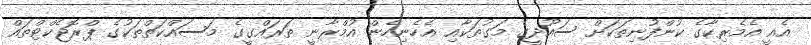
އެއީ އެމެރިކާގެ ކުންފުނިތަކަށް ސައޫދީގެ މަގުތަކާއި އެހެނިހެން އުމްރާނީ ތަރައްގީގެ މަސައްކަތްތަކުގެ ޕްރޮޖެކްޓްތައް